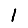
Digit: 1